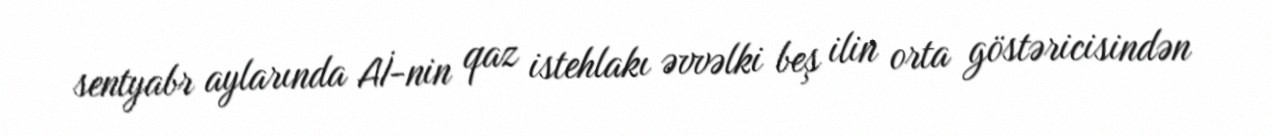
sentyabr aylarında Aİ-nin qaz istehlakı əvvəlki beş ilin orta göstəricisindən